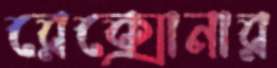
রেক্সোনার